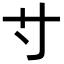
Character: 𡬝